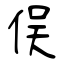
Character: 俣